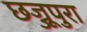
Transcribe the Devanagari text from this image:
छज्जूपुरा